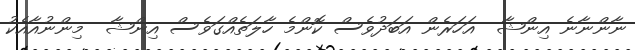
ނާންނާނެ އިންޝާ  އަހަރެން އަބަދުވެސް ކޮންމެ ހާލަތެެއްގަވެސް އިންޝާ  މިންނުއާއެކު